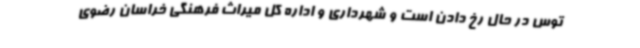
توس در حال رخ دادن است و شهرداری و اداره کل میراث فرهنگی خراسان رضوی